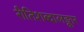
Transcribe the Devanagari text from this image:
रीतिशब्दालङ्कार